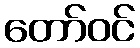
တော်ဝင်